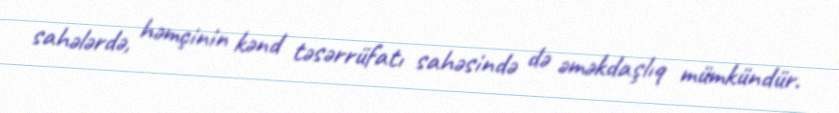
sahələrdə, həmçinin kənd təsərrüfatı sahəsində də əməkdaşlıq mümkündür.